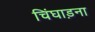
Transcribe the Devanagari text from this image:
चिंघाड़ना